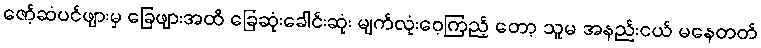
ဇော့်ဆံပင်ဖျားမှ ခြေဖျားအထိ ခြေဆုံးခေါင်းဆုံး မျက်လုံးဝေ့ကြည့် တော့ သူမ အနည်းငယ် မနေတတ်